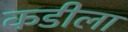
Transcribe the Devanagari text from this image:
कडीला